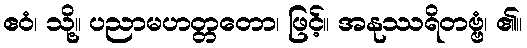
ဧဝံ၊ သို့။ ပညာမဟတ္တတော၊ ဖြင့်။ အနုဿရိတဗ္ဗံ၊ ၏။